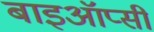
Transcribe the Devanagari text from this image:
बाइऑप्सी